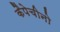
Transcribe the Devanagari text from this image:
कैपेचीनो